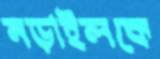
নড়াইলকে